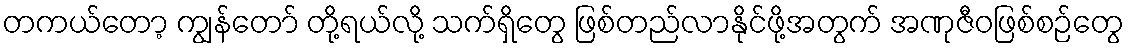
တကယ်တော့ ကျွန်တော် တို့ရယ်လို့ သက်ရှိတွေ ဖြစ်တည်လာနိုင်ဖို့အတွက် အဏုဇီဝဖြစ်စဉ်တွေ